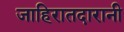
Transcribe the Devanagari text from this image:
जाहिरातदारानी